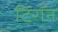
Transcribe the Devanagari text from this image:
टिरॉन